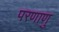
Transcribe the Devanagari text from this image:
परणाणु